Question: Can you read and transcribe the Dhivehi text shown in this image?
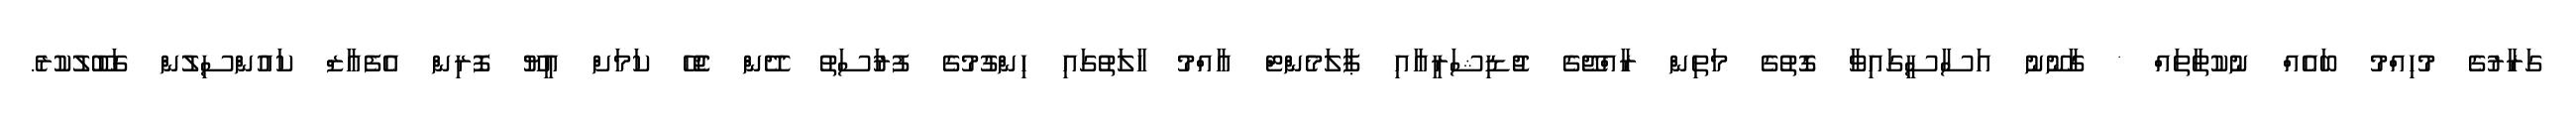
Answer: ގަރާރުގެ މުހިއްމު ބައެއް ނުކުތާތައް * ގާނޫނު އަސާސީގައިވާ ގޮތުގެ މަތިން ރާއްޖޭގެ ޖުޑިޝަރީއާއި ޕާލަމެންޓް އާއްމު ހާލަތުގައި ހިންގުމުގެ ފުރުަސަތު ދޭން ޖެހޭ ކަމަށް އީޔޫ ފޮރިން އެފެއާޒް ކައުންސިލުން ގަބޫލުކުރެ.